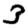
Digit: 3